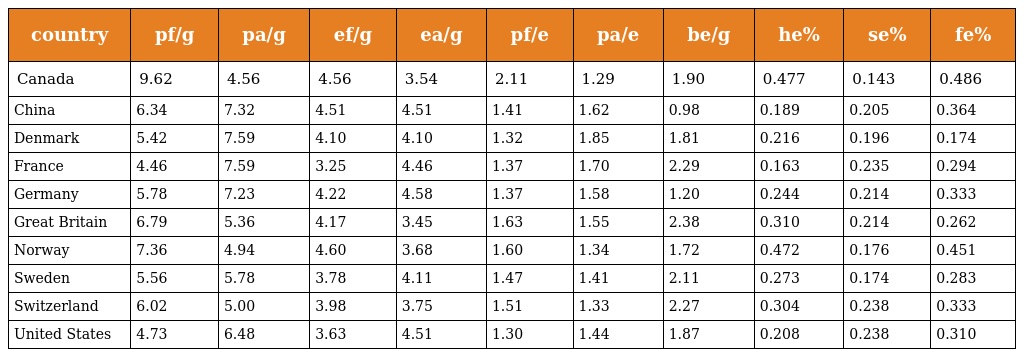
| country | pf/g | pa/g | ef/g | ea/g | pf/e | pa/e | be/g | he% | se% | fe% |
 | --- | --- | --- | --- | --- | --- | --- | --- | --- | --- | --- |
 | Canada | 9.62 | 4.56 | 4.56 | 3.54 | 2.11 | 1.29 | 1.90 | 0.477 | 0.143 | 0.486 |
 | China | 6.34 | 7.32 | 4.51 | 4.51 | 1.41 | 1.62 | 0.98 | 0.189 | 0.205 | 0.364 |
 | Denmark | 5.42 | 7.59 | 4.10 | 4.10 | 1.32 | 1.85 | 1.81 | 0.216 | 0.196 | 0.174 |
 | France | 4.46 | 7.59 | 3.25 | 4.46 | 1.37 | 1.70 | 2.29 | 0.163 | 0.235 | 0.294 |
 | Germany | 5.78 | 7.23 | 4.22 | 4.58 | 1.37 | 1.58 | 1.20 | 0.244 | 0.214 | 0.333 |
 | Great Britain | 6.79 | 5.36 | 4.17 | 3.45 | 1.63 | 1.55 | 2.38 | 0.310 | 0.214 | 0.262 |
 | Norway | 7.36 | 4.94 | 4.60 | 3.68 | 1.60 | 1.34 | 1.72 | 0.472 | 0.176 | 0.451 |
 | Sweden | 5.56 | 5.78 | 3.78 | 4.11 | 1.47 | 1.41 | 2.11 | 0.273 | 0.174 | 0.283 |
 | Switzerland | 6.02 | 5.00 | 3.98 | 3.75 | 1.51 | 1.33 | 2.27 | 0.304 | 0.238 | 0.333 |
 | United States | 4.73 | 6.48 | 3.63 | 4.51 | 1.30 | 1.44 | 1.87 | 0.208 | 0.238 | 0.310 |